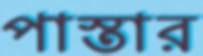
পাস্তার